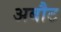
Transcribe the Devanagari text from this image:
अबौट